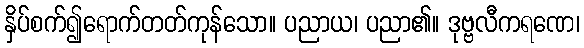
နှိပ်စက်၍ရောက်တတ်ကုန်သော။ ပညာယ၊ ပညာ၏။ ဒုဗ္ဗလီကရဏေ၊